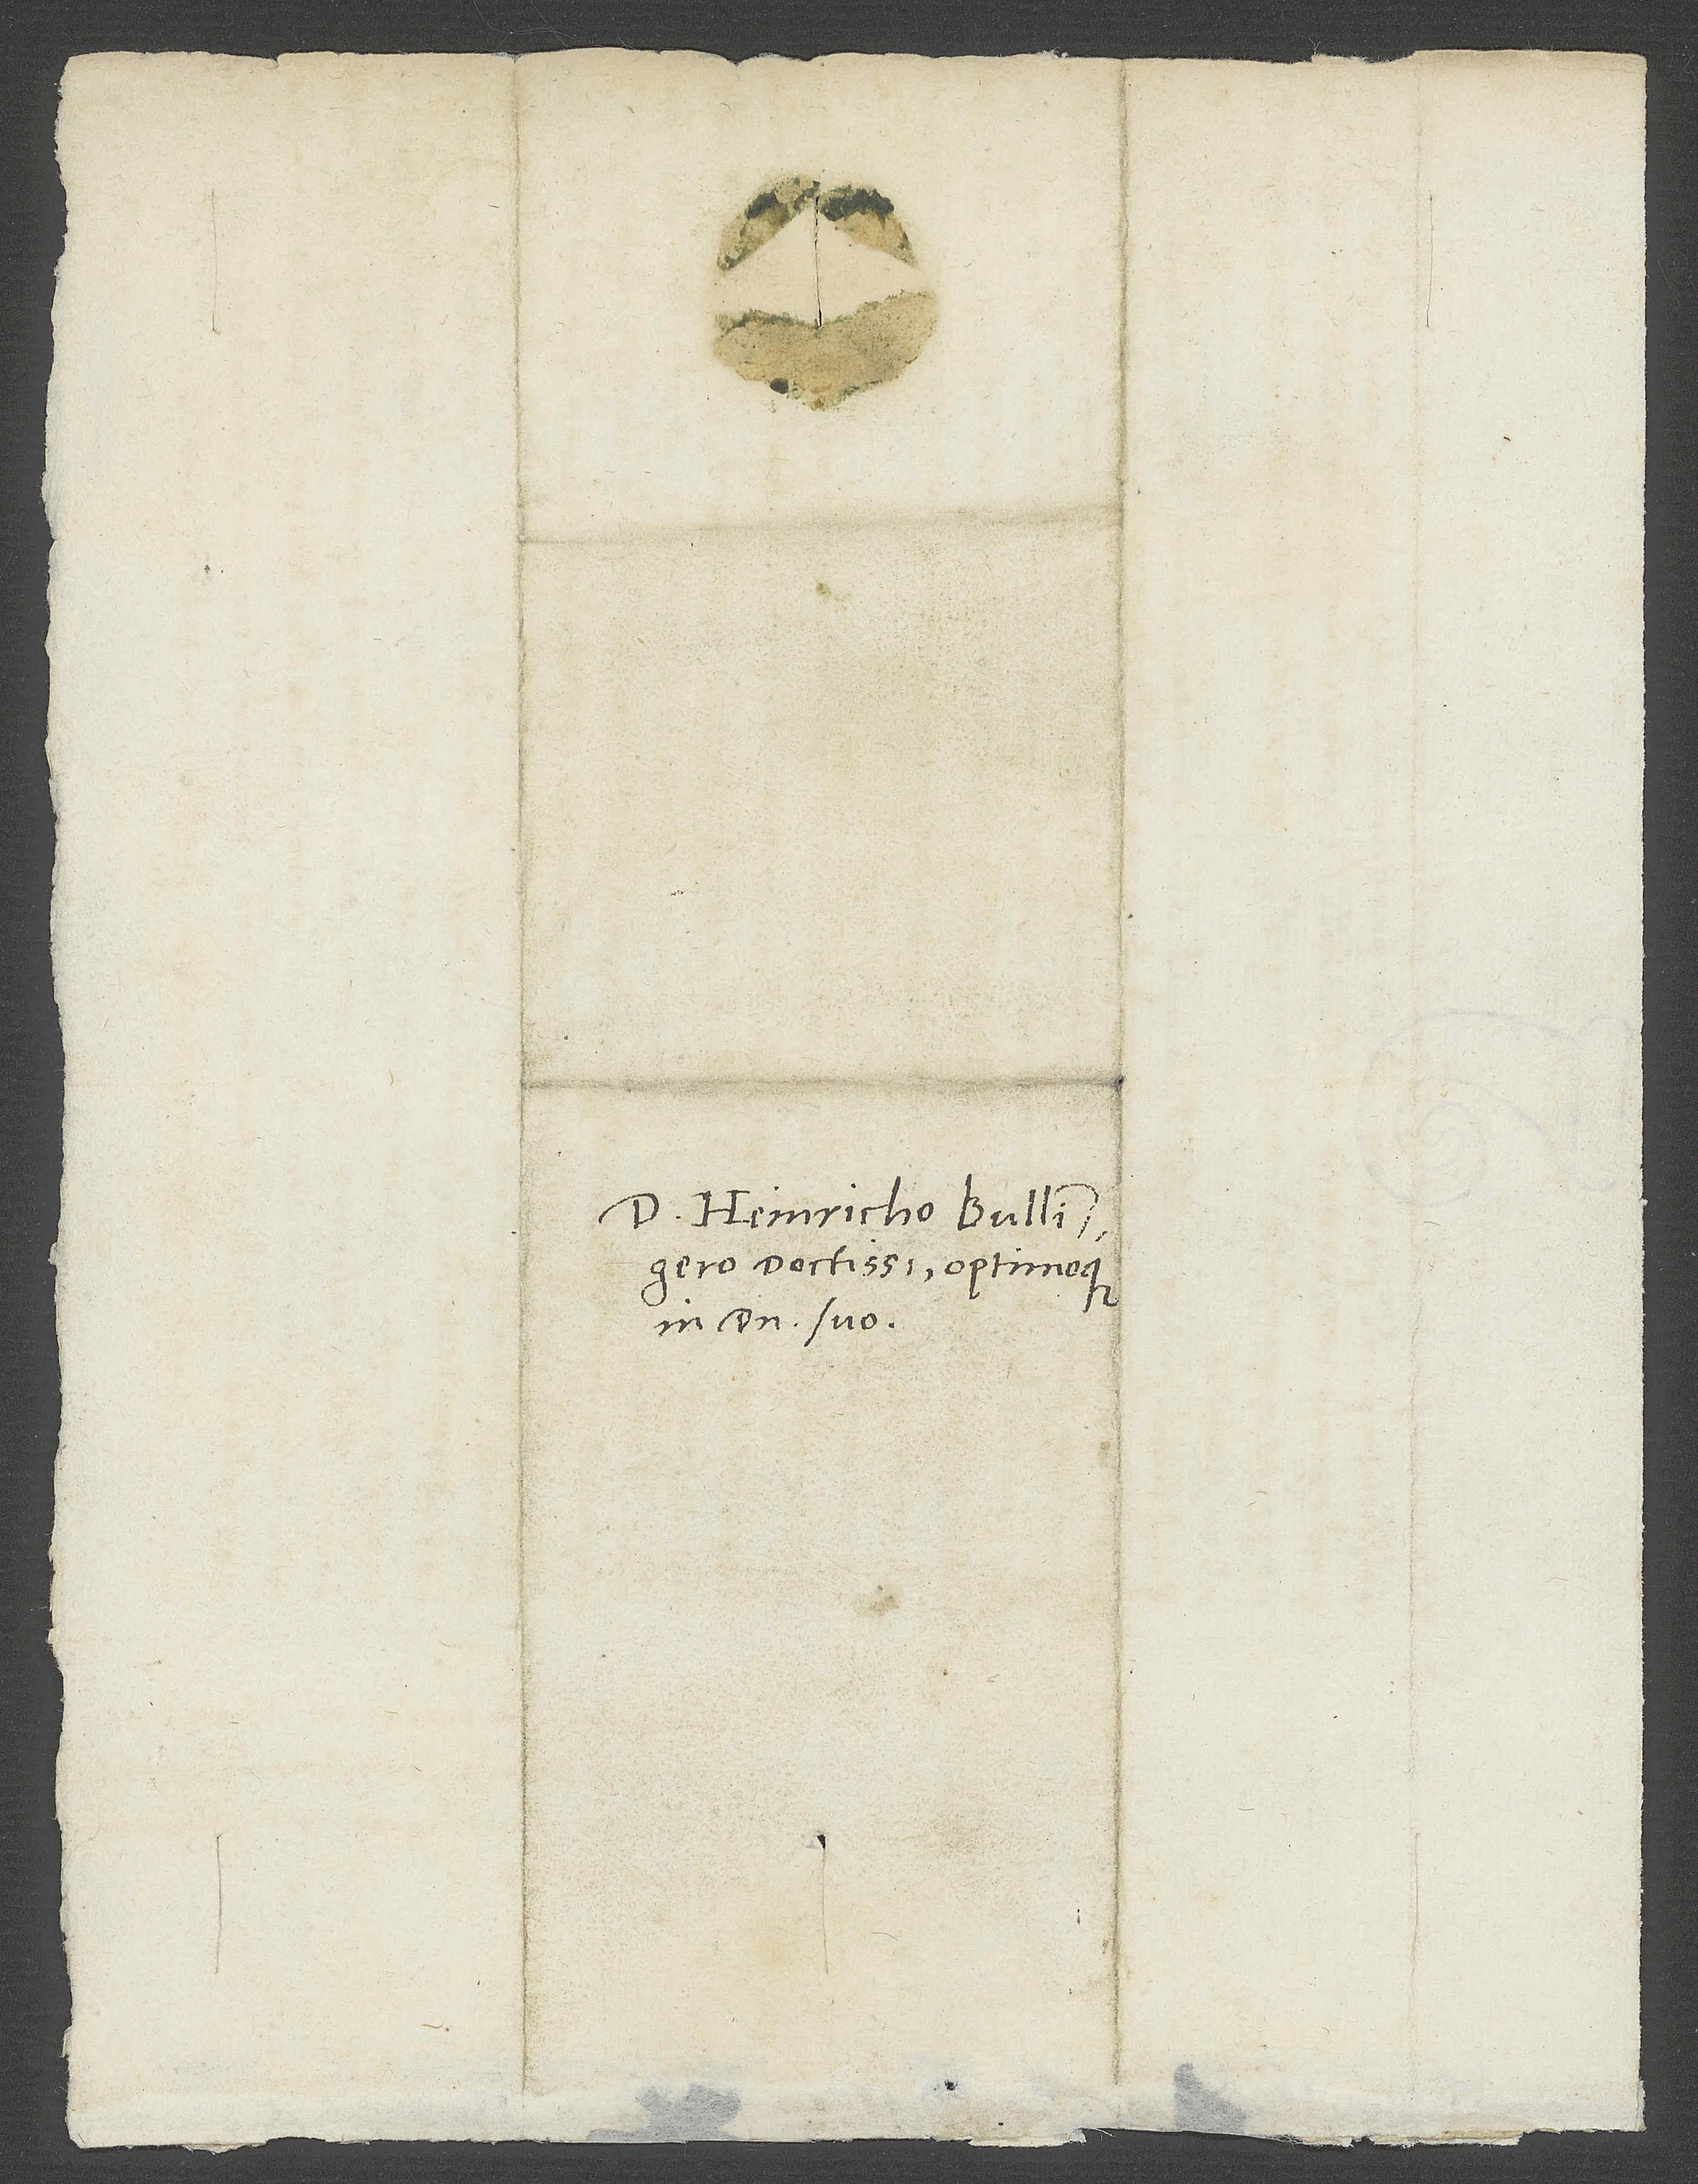
Domino Heinricho Bullingero
doctissimo optimoque,
in domino suo.